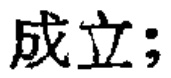
成立;